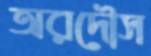
অরদৌস